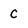
Character: c